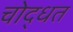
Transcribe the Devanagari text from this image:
चोद्धत